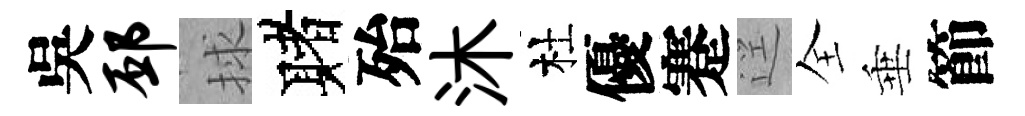
吳邳捄赌殆沐杜優蹇逕全垂節